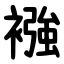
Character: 襁